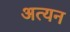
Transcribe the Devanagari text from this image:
अत्यन